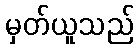
မှတ်ယူသည်